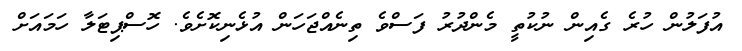
އުފަލުން ހުރެ ގެއިން ނުކުތީ މެންދުރު ފަސްވެ ތިނެއްޖަހަން އުޅެނިކޮށެވެ. ހޮސްޕިޓަލާ ހަމައަށް